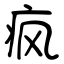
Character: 疯